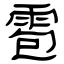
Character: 雹